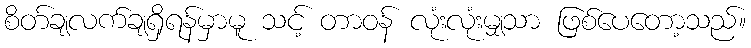
စိတ်ချလက်ချရှိရန်မှာမူ သင့် တာဝန် လုံးလုံးမျှသာ ဖြစ်ပေတော့သည်။